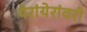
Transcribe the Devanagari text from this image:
येरांयेरांवरी